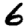
Digit: 6